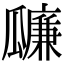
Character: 𤬚